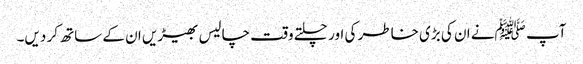
آپ ﷺنے ان کی بڑی خاطر کی اور چلتے وقت چالیس بھیڑیں ان کے ساتھ کر دیں۔